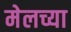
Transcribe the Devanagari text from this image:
मेलच्या